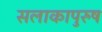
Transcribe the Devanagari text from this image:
सलाकापुरुष